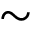
\sim